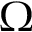
\Omega